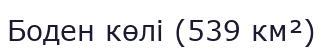
Боден көлі (539 км²)